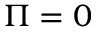
\Pi = 0